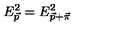
E _ { \vec { p } } ^ { 2 } = E _ { \vec { p } + \vec { \pi } } ^ { 2 }